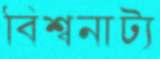
বিশ্বনাট্য